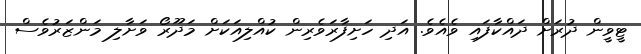
ޓީވީން ދުރަށް ދައްކާފައި ވެއެވެ. އަދި ހަށިފާރަވެރިން ކުއްލިއަކަށް މަދޫރޯ ވަށާލި މަންޒަރުވެސް